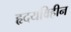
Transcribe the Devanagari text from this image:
हृदयविहीन